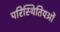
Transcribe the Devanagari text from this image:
परिस्थितियओं